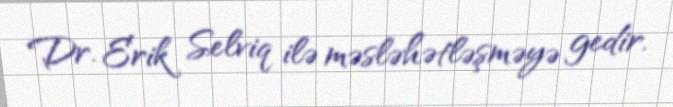
Dr. Erik Selviq ilə məsləhətləşməyə gedir.